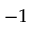
^ { - 1 }